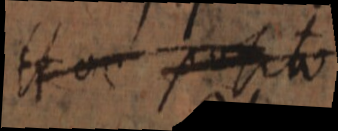
Et oc posito